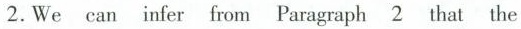
2. We can infer fom Paragraph 2 that the